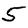
Digit: 5